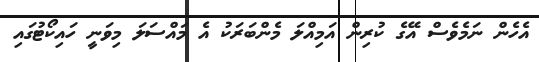
އެހެން ނަމެވެސް އޭގެ ކުރިން އަމިއްލަ މެންބަރަކު އެ މައްސަލަ މިވަނީ ހައިކޯޓުގައި